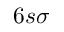
6 s \sigma